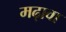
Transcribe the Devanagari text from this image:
मढ़ावा